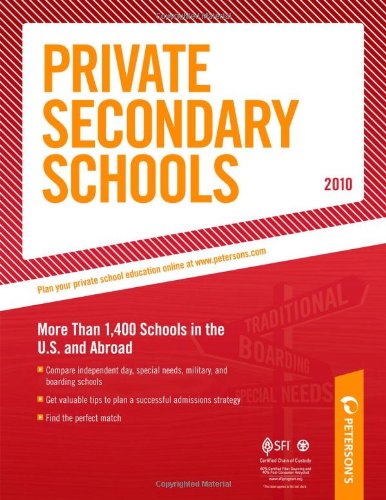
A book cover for Private Secondary Schools 2010; Peterson's; Test Preparation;